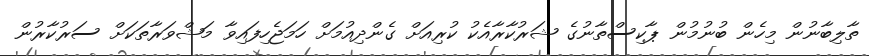
ތާލިބާނުން މިހެން ބުނުމުން ޕާކިސްތާނުގެ ޝަރުކާރާއެކު ކުރިއަށް ގެންދިއުމަށް ހަމަޖެހިފައިވާ މަޝްވަރާތަކަށް ސަރުކާރުން